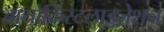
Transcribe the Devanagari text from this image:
बायोक्रिस्टलाइज़ेशन